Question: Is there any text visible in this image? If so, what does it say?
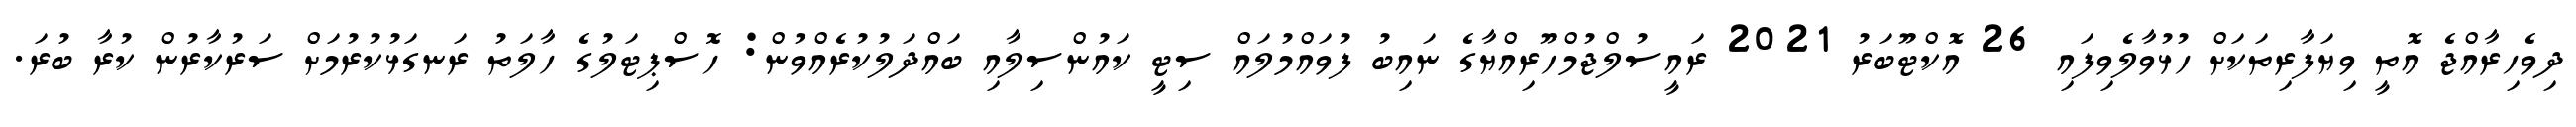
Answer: ދިވެހިރާއްޖެ އޮތީ ވިޔަފާރިތަކަށް ހުޅުވާލެވިފައި 26 އޮކްޓޫބަރު 2021 ރައީސުލްޖުމްހޫރިއްޔާގެ ނައިބު ފުވައްމުލައް ސިޓީ ކައުންސިލާއި ބައްދަލުކުރެއްވުން: ހޮސްޕިޓަލުގެ ހާލަތު ރަނގަޅުކުރުމަށް ސަރުކާރުން ކުރާ ބުރަ.